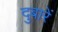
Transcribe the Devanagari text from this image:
दुबारें